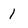
Character: 1